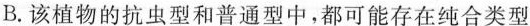
B.该植物的抗虫型和普通型中，都可能存在纯合类型